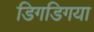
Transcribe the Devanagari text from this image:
डिगडिगया